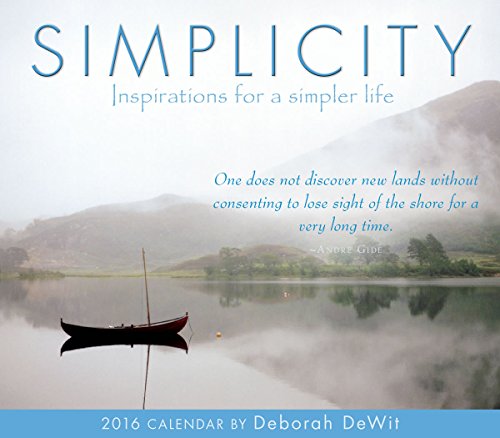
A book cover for Simplicity 2016 Boxed/Daily Calendar; Deborah DeWit; Calendars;